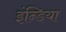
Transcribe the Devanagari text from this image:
इंन्डिया